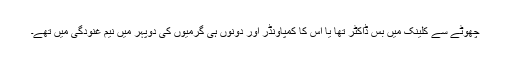
چھوٹے سے کلینک میں بس ڈاکٹر تھا یا اس کا کمپاونڈر اور دونوں ہی گرمیوں کی دوپہر میں نیم غنودگی میں تھے۔